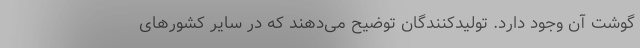
گوشت آن وجود دارد. تولیدکنندگان توضیح می‌دهند که در سایر کشور‌های